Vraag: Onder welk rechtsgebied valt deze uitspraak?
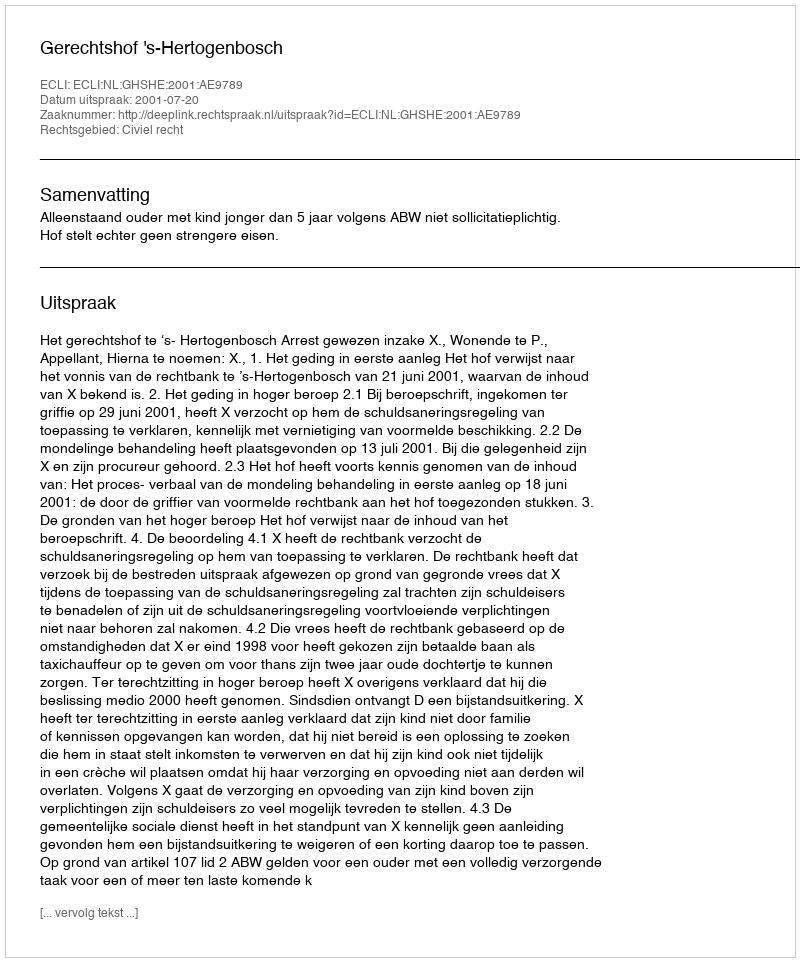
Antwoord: Civiel recht